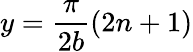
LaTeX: y=\frac{\pi}{2b}(2n+1)